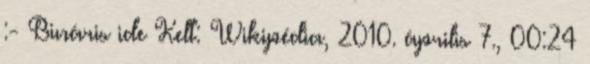
:- Bináris ide Kelt: Wikipédia, 2010. április 7., 00:24